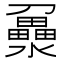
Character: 𤃻